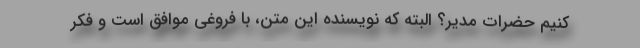
کنیم حضرات مدیر؟ البته که نویسنده این متن، با فروغی موافق است و فکر